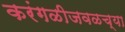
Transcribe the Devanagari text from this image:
करंगळीजवळच्या